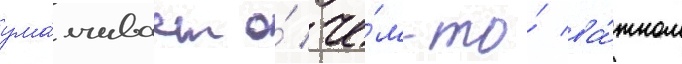
ума́лчивает о́ че́м-то́ ва́жном